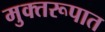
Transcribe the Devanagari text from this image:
मुक्तरूपात